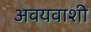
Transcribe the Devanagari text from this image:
अवयवाशी